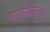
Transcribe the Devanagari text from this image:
कोआडिनेट्स